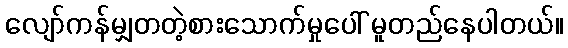
လျော်ကန်မျှတတဲ့စားသောက်မှုပေါ် မူတည်နေပါတယ်။